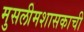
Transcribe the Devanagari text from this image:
मुसलीमशासकाची